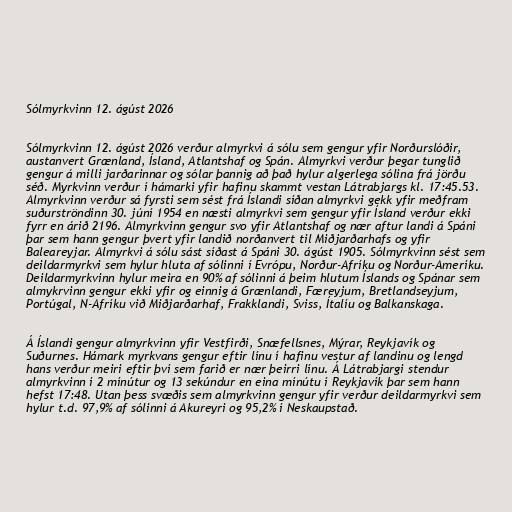
Sólmyrkvinn 12. ágúst 2026

Sólmyrkvinn 12. ágúst 2026 verður almyrkvi á sólu sem gengur yfir Norðurslóðir,
austanvert Grænland, Ísland, Atlantshaf og Spán. Almyrkvi verður þegar tunglið
gengur á milli jarðarinnar og sólar þannig að það hylur algerlega sólina frá jörðu
séð. Myrkvinn verður í hámarki yfir hafinu skammt vestan Látrabjargs kl. 17:45.53.
Almyrkvinn verður sá fyrsti sem sést frá Íslandi síðan almyrkvi gekk yfir meðfram
suðurströndinn 30. júní 1954 en næsti almyrkvi sem gengur yfir Ísland verður ekki
fyrr en árið 2196. Almyrkvinn gengur svo yfir Atlantshaf og nær aftur landi á Spáni
þar sem hann gengur þvert yfir landið norðanvert til Miðjarðarhafs og yfir
Baleareyjar. Almyrkvi á sólu sást síðast á Spáni 30. ágúst 1905. Sólmyrkvinn sést sem
deildarmyrkvi sem hylur hluta af sólinni í Evrópu, Norður-Afríku og Norður-Ameríku.
Deildarmyrkvinn hylur meira en 90% af sólinni á þeim hlutum Íslands og Spánar sem
almykrvinn gengur ekki yfir og einnig á Grænlandi, Færeyjum, Bretlandseyjum,
Portúgal, N-Afríku við Miðjarðarhaf, Frakklandi, Sviss, Ítalíu og Balkanskaga.

Á Íslandi gengur almyrkvinn yfir Vestfirði, Snæfellsnes, Mýrar, Reykjavík og
Suðurnes. Hámark myrkvans gengur eftir línu í hafinu vestur af landinu og lengd
hans verður meiri eftir því sem farið er nær þeirri línu. Á Látrabjargi stendur
almyrkvinn í 2 mínútur og 13 sekúndur en eina mínútu í Reykjavík þar sem hann
hefst 17:48. Utan þess svæðis sem almyrkvinn gengur yfir verður deildarmyrkvi sem
hylur t.d. 97,9% af sólinni á Akureyri og 95,2% í Neskaupstað.